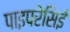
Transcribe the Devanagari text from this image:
पाइपरेसिई